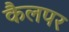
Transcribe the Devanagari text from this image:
कैलपर